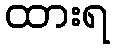
ထားရ